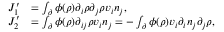
\begin{array} { r l } { J _ { 1 } ^ { \prime } } & { = \int _ { \partial } \phi ( \rho ) \partial _ { i } \rho \partial _ { j } \rho v _ { i } n _ { j } , } \\ { J _ { 2 } ^ { \prime } } & { = \int _ { \partial } \phi ( \rho ) \partial _ { i j } \rho v _ { i } n _ { j } = - \int _ { \partial } \phi ( \rho ) v _ { i } \partial _ { i } n _ { j } \partial _ { j } \rho , } \end{array}